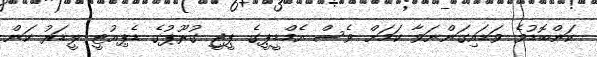
ކަންބޮޑުވެ ވަޑައިގަންނަވާ ކަމަށް ވެސް އެމްޑީޕީގެ ޕީޖީ ގުރޫޕުގެ ޑެޕިއުޓީ ލީޑަރު ކަން